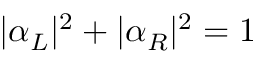
| \alpha _ { L } | ^ { 2 } + | \alpha _ { R } | ^ { 2 } = 1